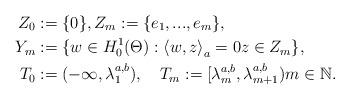
LaTeX: \begin{align*}Z_{0} & :=\{0\},Z_{m}:=\{e_{1},...,e_{m}\},\\Y_{m} & :=\{w\in H_{0}^{1}(\Theta):\left\langle w,z\right\rangle_{a}=0z\in Z_{m}\},\\T_{0} & :=(-\infty,\lambda_{1}^{a,b}), \quad T_{m}:=[\lambda_{m}^{a,b},\lambda_{m+1}^{a,b}) m\in\mathbb{N}.\end{align*}